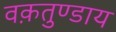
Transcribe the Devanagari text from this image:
वक़तुण्डाय